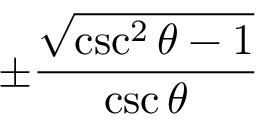
\pm { \frac { \sqrt { \csc ^ { 2 } \theta - 1 } } { \csc \theta } }